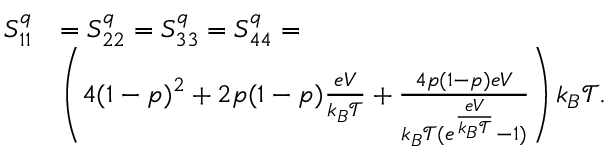
\begin{array} { r l } { S _ { 1 1 } ^ { q } } & { = S _ { 2 2 } ^ { q } = S _ { 3 3 } ^ { q } = S _ { 4 4 } ^ { q } = } \\ & { \left( 4 ( 1 - p ) ^ { 2 } + 2 p ( 1 - p ) \frac { e V } { k _ { B } \mathcal { T } } + \frac { 4 p ( 1 - p ) e V } { k _ { B } \mathcal { T } ( e ^ { \frac { e V } { k _ { B } \mathcal { T } } } - 1 ) } \right) k _ { B } \mathcal { T } . } \end{array}